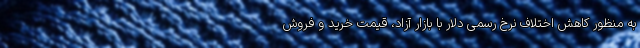
به منظور کاهش اختلاف نرخ رسمی دلار با بازار آزاد، قیمت خرید و فروش